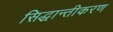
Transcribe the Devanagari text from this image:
सिद्धान्तीकरण